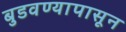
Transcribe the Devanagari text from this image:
बुडवण्यापासून